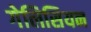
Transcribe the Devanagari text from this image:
गेलिसियन